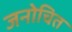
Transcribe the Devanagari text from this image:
जनोचित